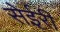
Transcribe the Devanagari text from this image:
सेईरी